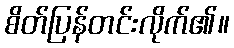
စိတ်ပြန်တင်းလိုက်၏။